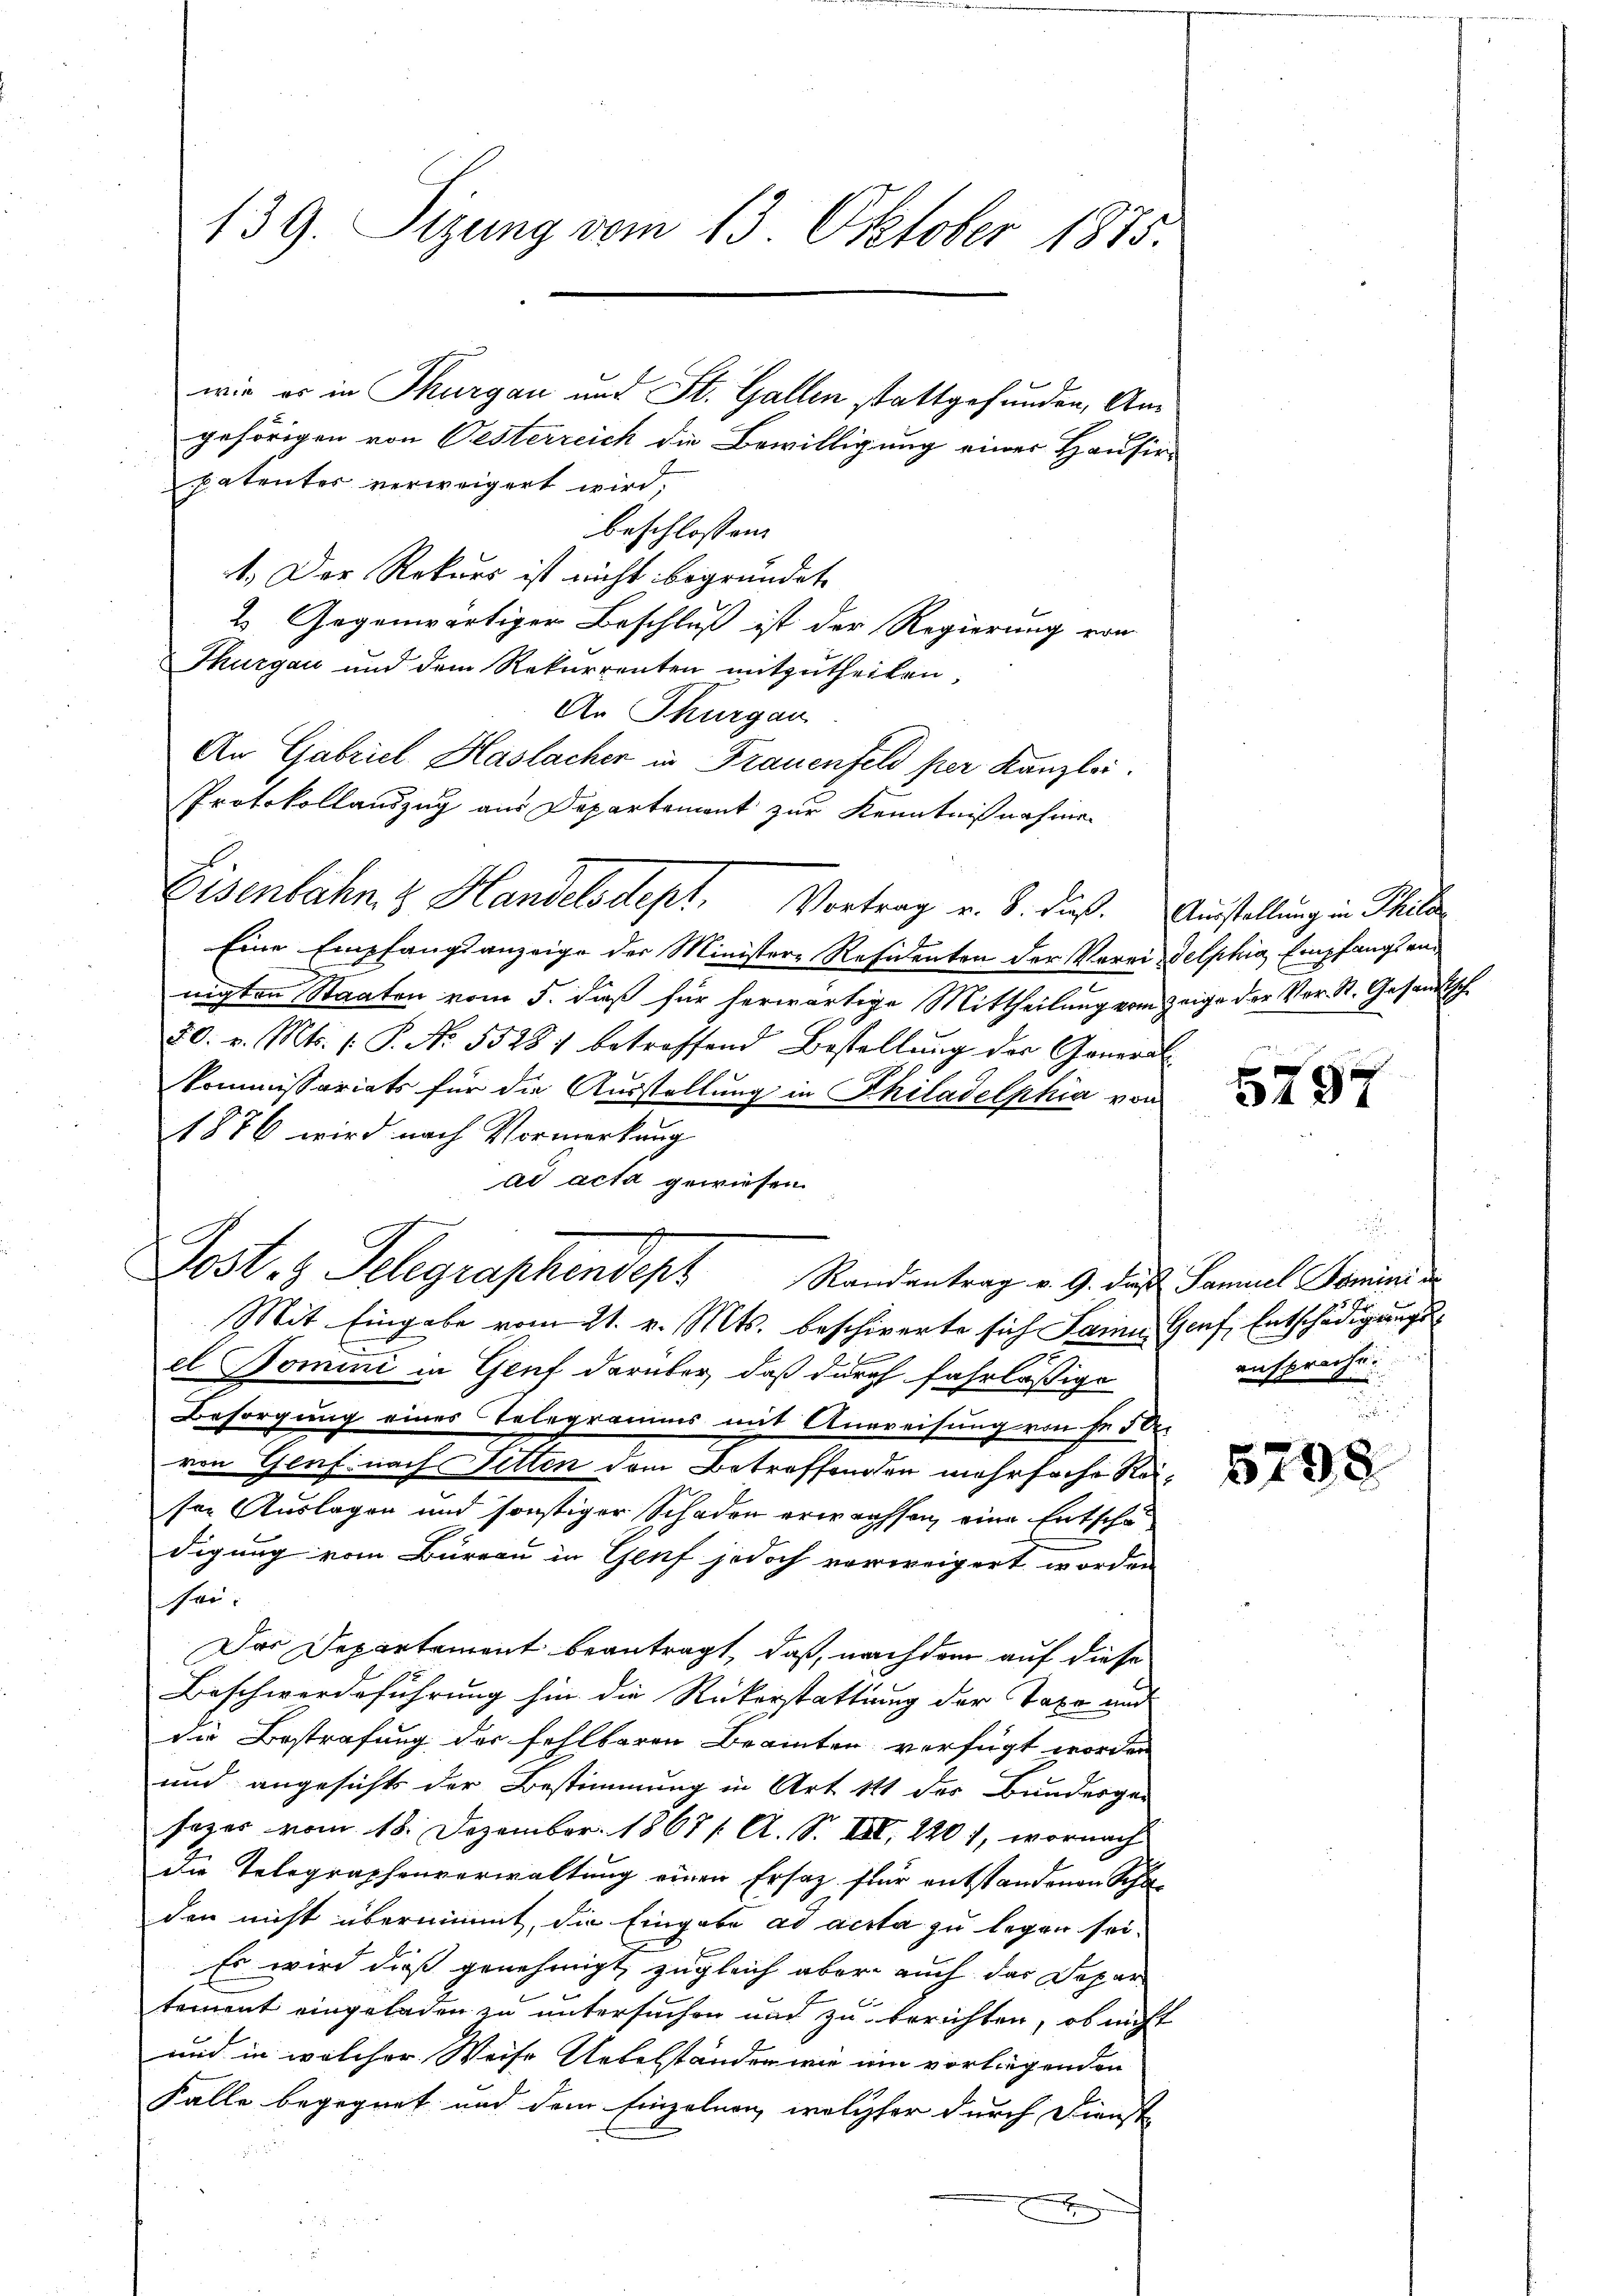
139. Sizung vom 13. Oktober 1875.

gehörigen von Oesterreich die Bewilligung einer Hausir
patentes verweigert wird,
beschlossen:
1.) Der Rekurs ist nicht begründet
2. Gegenwärtiger Beschluß ist der Regierung von
Thurgau und dem Rekurrenten mitzutheilen,
An Thurgau
An Gabriel Haslacher in Frauenfeld per Kanzlei.
Protokollandzug aus Departement zur Kenntnißnahme
Eine Empfangsanzeige der Minister-Residenten der Verei delphia Empfangsannigten Staaten vom 5. daß für herwärtige Mittheilung vom Zeige der Vor- St. Gesandtsch.
80. v. Mts. 1. P. Nr. 55287 betroffend Bestellung der General
Kommissariats für die Ausstellung in Philadelphia von
1876 wird nach Vormerkung
ad acta gewiesen.
Randantrag v. 9. dieß Samuel Tomini der
el Domini in Genf darüber daß durch fahrlässige
Besorgung eines Telegramms mit Anweisung von fr 50.
von Genf nach Sitten dem Betreffenden mehrfache Reiser Auslagen und sonstiger Schaden erwachsen, eine Entschädigung vom Büreau in Genf jedoch vorweigert worden
ser.
Das Departement beantragt, daß, nachdem auf diese
Beschwerdeführung hin die Rückerstattung der Taxe und
die Bestrafung der fehlbaren Beamten verfügt worden
und angesicht der Bestimmung in Art 111 des Bundesger
sezes vom 18. Dezember 1867 / A. S. III, 2201, wornach
die Telegraphenverwaltung einen Ersatz für entstandenen Schulden nicht übernimmt, die Eingabe ad acta zu legen sei.
Es wird dieß genehmigt, zugleich aber auch das Depar
tement eingeladen zu untersuchen und zu berichten, ob nicht
und in welcher Weise Uebelständer wie ein vorliegenden
Falle begegnet und dem Einzelnen, welcher durch Dienst
xx

Eisenbahn & Handelsdept. Vortrag v. 8. dieß.

wie er in Thurgau und St. Gallen stattgefunden, Am

Post. z. Telegraschendepr
Mit Eingabe vom 21. v. Mts. beschierte sich Lain Genf, Entschädigungs¬

Ausstellung in Philad

5797

anspreche.

1

579.